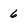
Character: 6